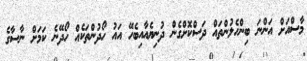
މާސްއަށް އަންނަ ބިންހެލުންތައް ދަސްކޮށްގެން ދުނިޔެއާއިބެހޭ އައު ހޯދުންތަކެއް ހޯދޭނެ ކަމަށް ނާސާގެ